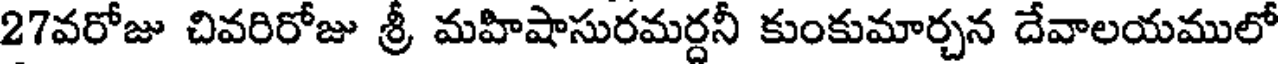
27వరోజు చివరిరోజు శ్రీ మహిషాసురమర్దనీ కుంకుమార్చన దేవాలయములో